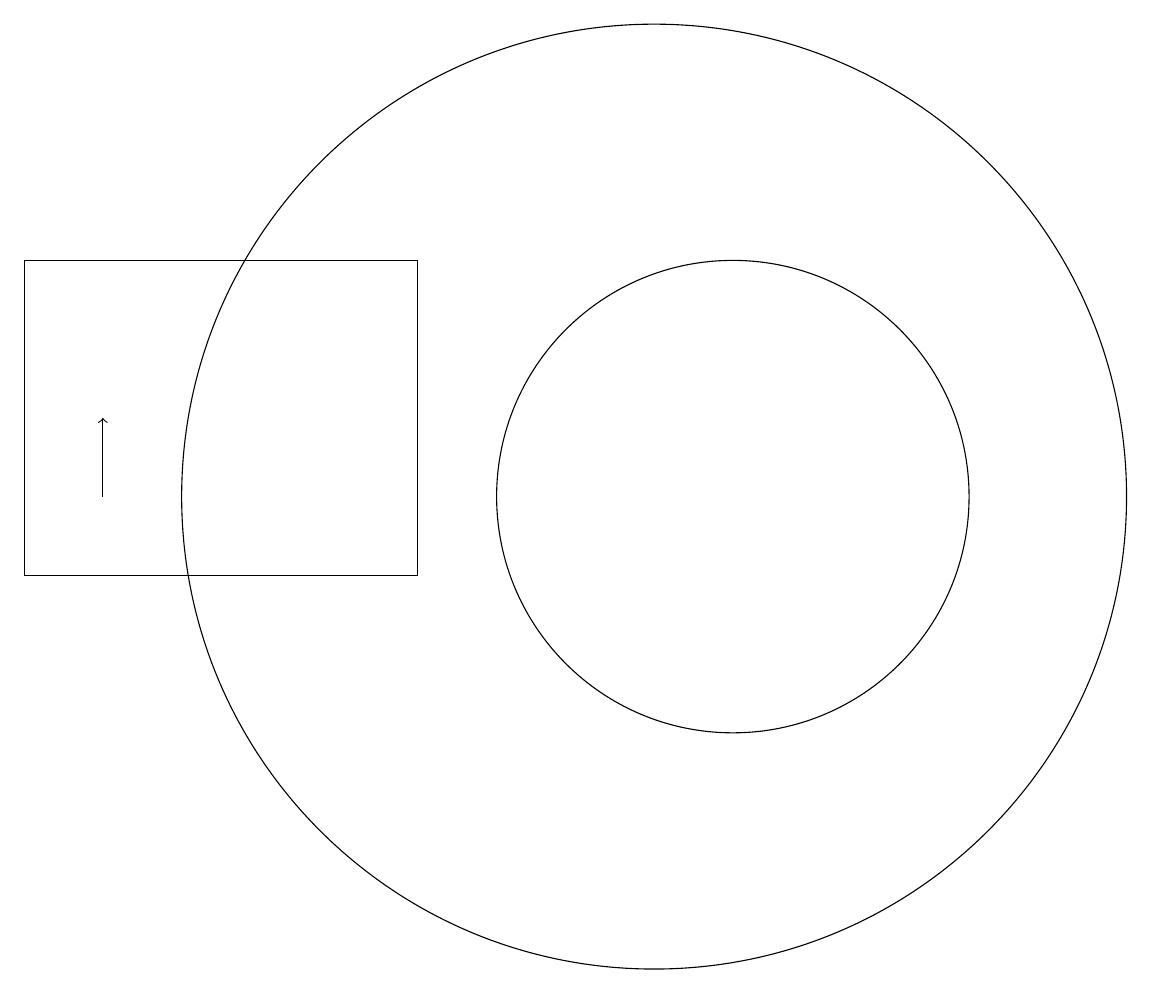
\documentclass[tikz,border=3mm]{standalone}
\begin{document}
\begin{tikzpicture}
\draw (10,11) circle (6);
\draw (11,11) circle (3);
\draw[->] (3,11) -- (3,12);
\draw (2,14) rectangle (7,10);
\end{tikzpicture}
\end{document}